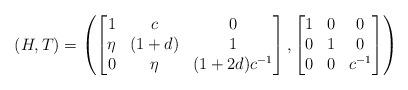
LaTeX: \begin{align*} (H,T) = \left( \begin{bmatrix} 1 & c & 0 \\ \eta & (1 + d) & 1 \\ 0 & \eta & (1+ 2d)c^{-1} \end{bmatrix}, \begin{bmatrix} 1 & 0 & 0 \\ 0 & 1 & 0 \\ 0 & 0 & c^{-1} \end{bmatrix} \right)\end{align*}